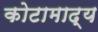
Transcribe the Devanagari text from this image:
कोटामाद्य